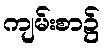
ကျမ်းစာ၌